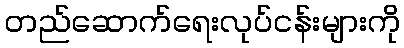
တည်ဆောက်ရေးလုပ်ငန်းများကို